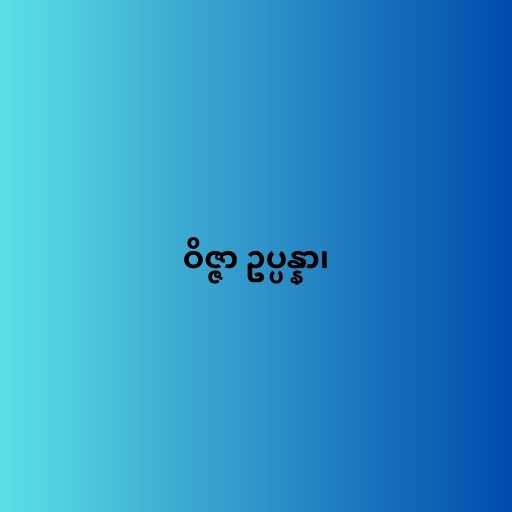
ဝိဇ္ဇာ ဥပ္ပန္နာ၊